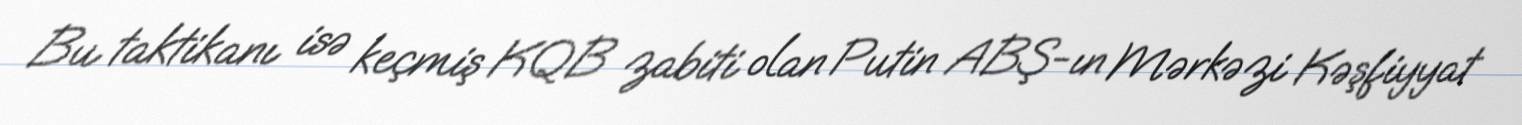
Bu taktikanı isə keçmiş KQB zabiti olan Putin ABŞ-ın Mərkəzi Kəşfiyyat